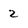
Character: 2